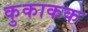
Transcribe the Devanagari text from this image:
कुकाकक